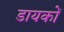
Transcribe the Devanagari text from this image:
डायकों